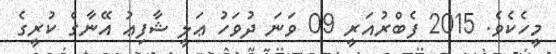
މީހެކެވެ. 2015 ފެބްރުއަރީ 09 ވަނަ ދުވަހު ޢަލީ ޝާފިޢު އޭނާގެ ކުރީގެ